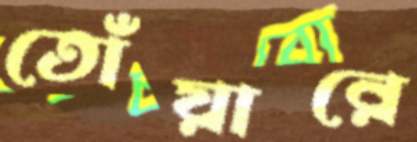
তোঁয়ারে